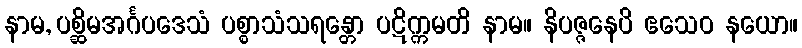
နာမ, ပစ္ဆိမအင်္ဂပဒေသံ ပစ္စာသံသရန္တော ပဋိက္ကမတိ နာမ။ နိပဇ္ဇနေပိ ဧသေဝ နယော။